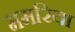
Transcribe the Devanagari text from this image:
ममरिया